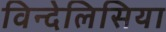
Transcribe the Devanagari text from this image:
विन्देलिसिया